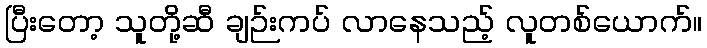
ပြီးတော့ သူတို့ဆီ ချဉ်းကပ် လာနေသည့် လူတစ်ယောက်။